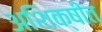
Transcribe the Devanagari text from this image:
अशिक्षीत